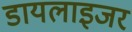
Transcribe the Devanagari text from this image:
डायलाइजर